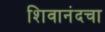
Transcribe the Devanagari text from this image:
शिवानंदचा